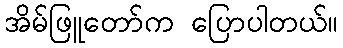
အိမ်ဖြူတော်က ပြောပါတယ်။